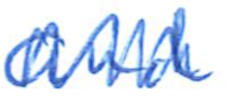
Text: and
Cross-out: mix
Writing tool: ballpoint